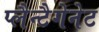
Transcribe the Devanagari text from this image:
प्लैन्टैगेनेट